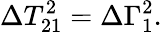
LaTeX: \Delta T_{21}^{2}=\Delta\Gamma_{1}^{2}.